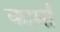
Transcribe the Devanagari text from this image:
कार्मां